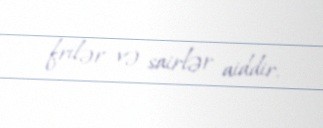
frilər və sairlər aiddir.